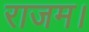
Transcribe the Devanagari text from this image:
राजम।